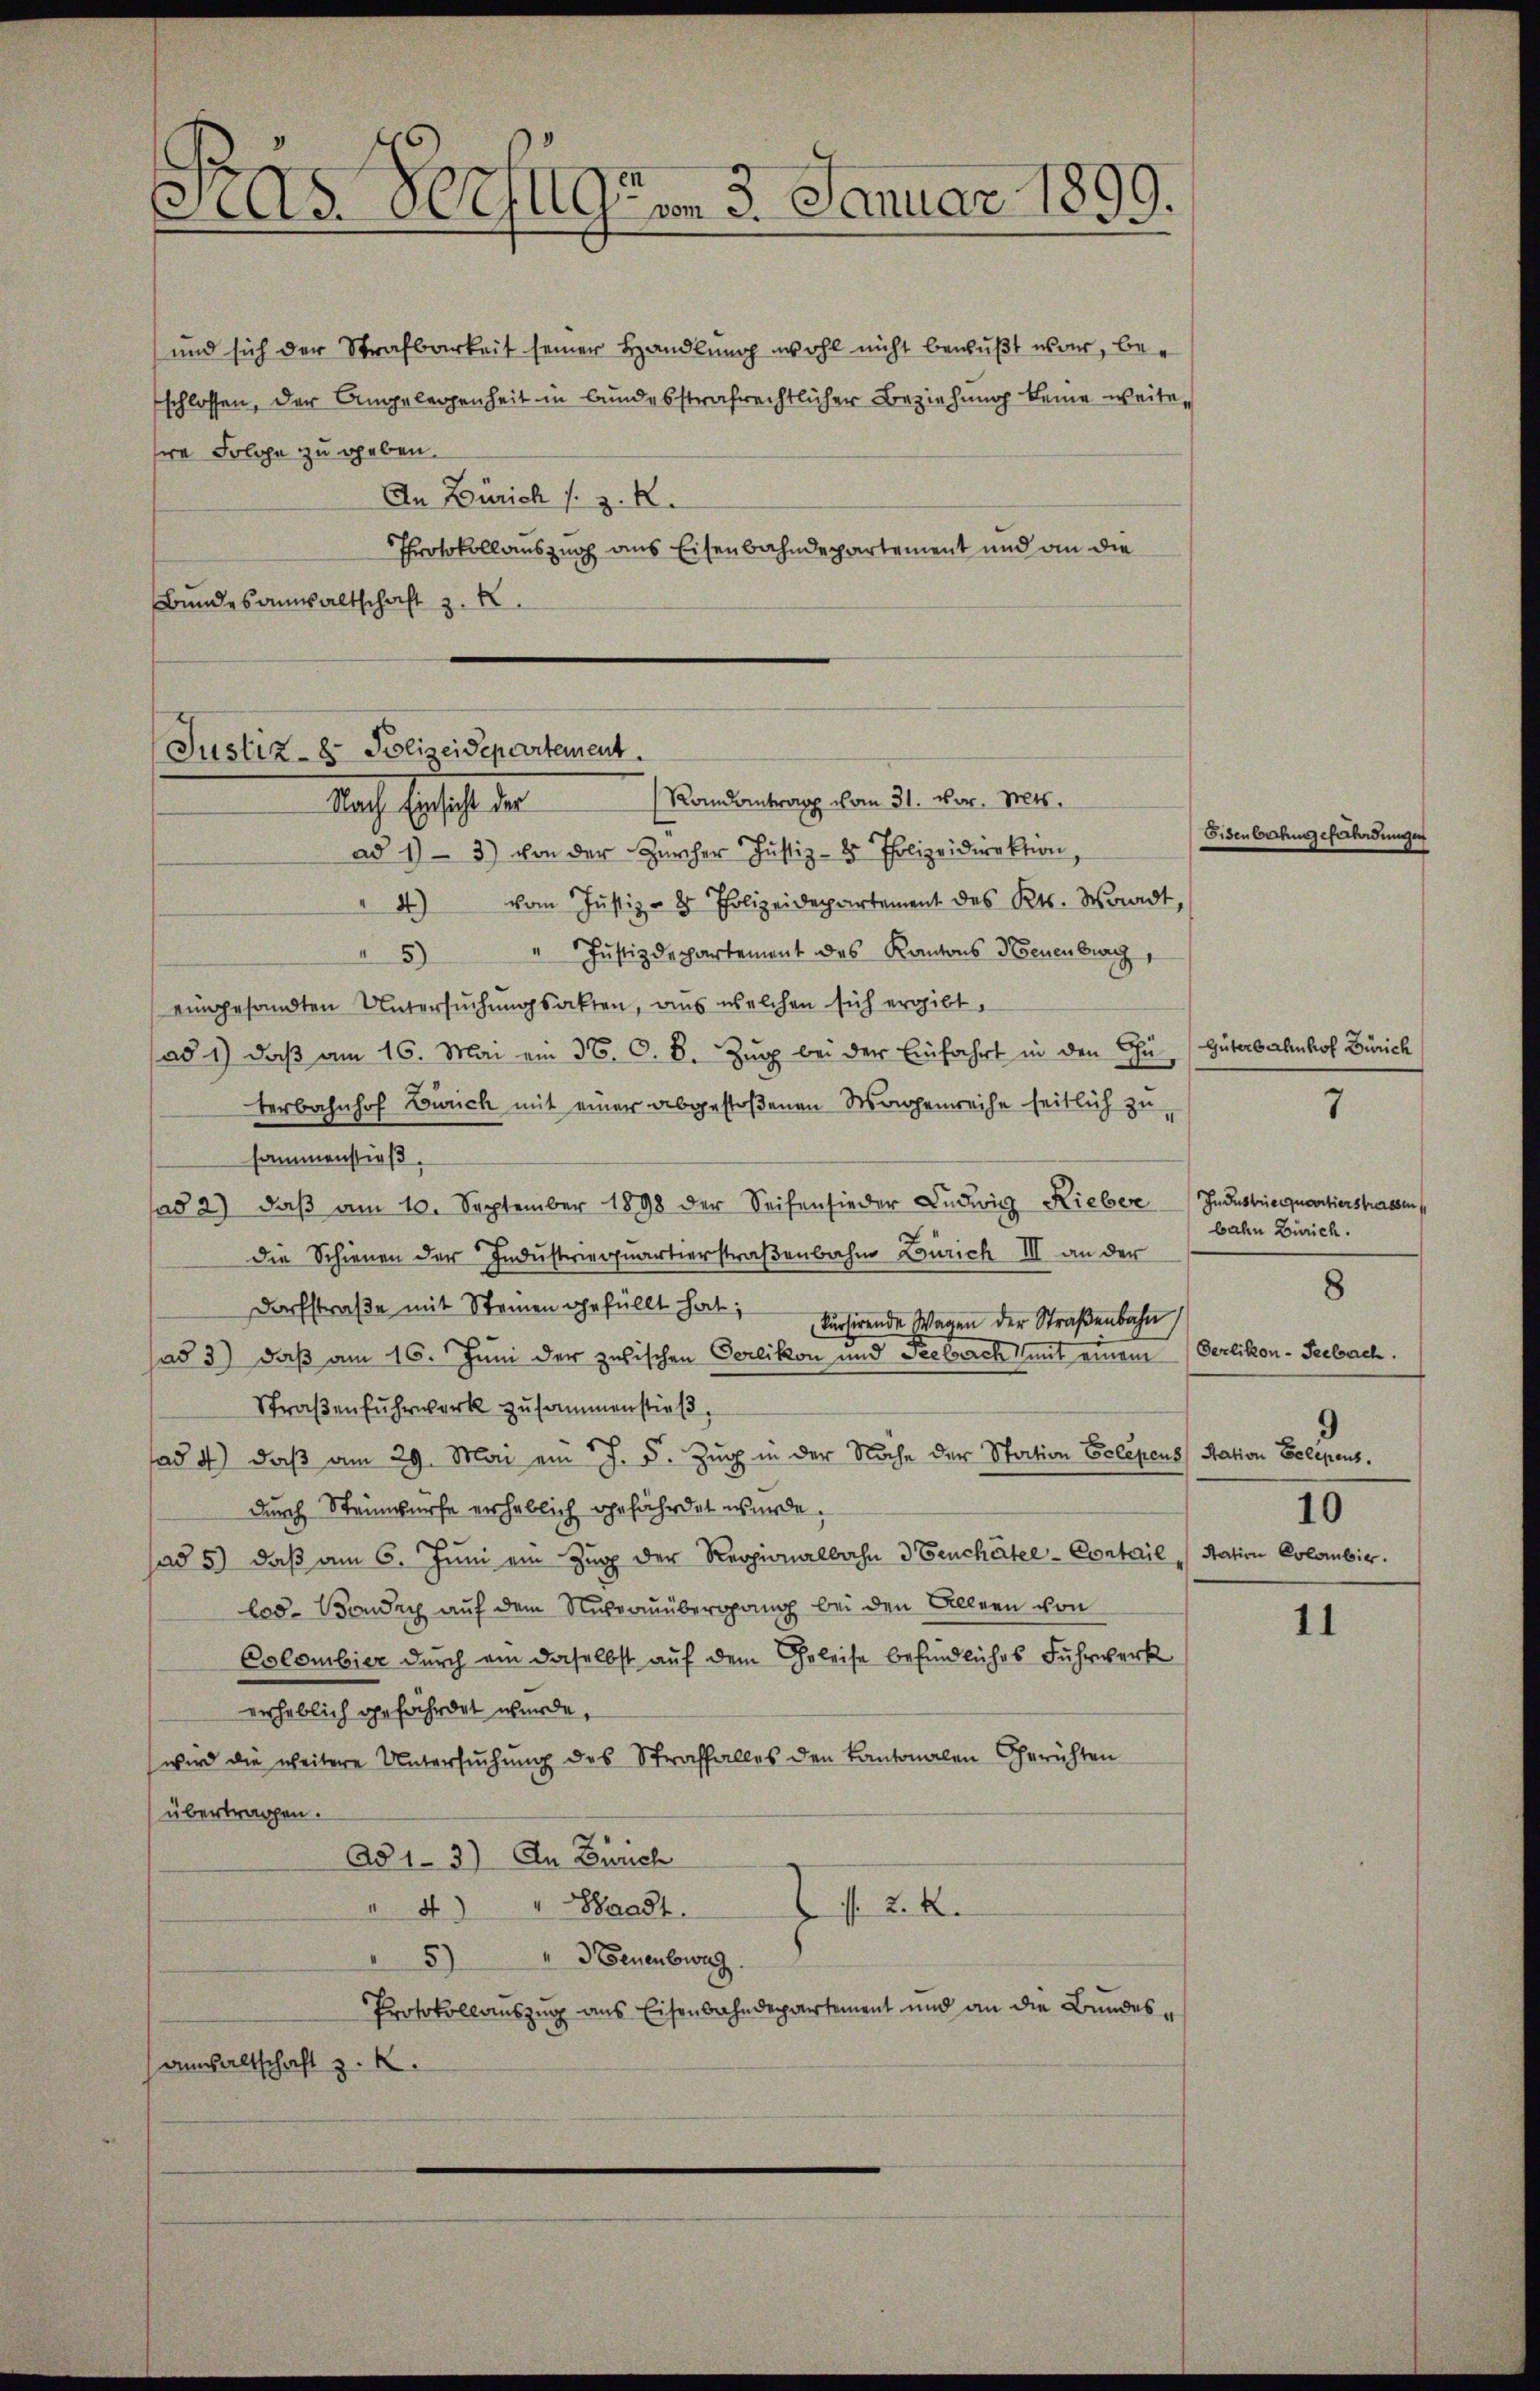
Fras Vorzug um 3. Januar 1899.

und sich der Strafbarkeit seiner Handlung wohl nicht bewußt war, beschlossen, der Angelegenheit in bundesstrafrechtlicher Beziehung keine weitesre Folge zu geben.
An Zürich s. z. R.
Protokollauszug aus Eisenbahndepartement und an die
Bundesanwaltschaft z. K.

Justiz- & Polizeischartement.
Randantrag vom 31. vor. Mts.
Nach Einsicht der

ad 1) - 3) von der Zürcher Justiz- & Polizeidirektion
" 4) vom Justiz- & Polizeidepartement des Kts. Waadt,
"5 " Jŭstizdepartement des Kantons Neuenburg,
eingesandten Untersuchungsakten, aus welchen sich ergibt,
ad 1) daβ am 16. Mai ein 37. C. B. Zŭg bei der Einfahrt in den Chu Güterbahnhof Zürich
terbahnhof Zürich mit einer abgestoßenen Wagenreihe seitlich zu
sammenstieß.
a 2) daβ am 10. September 1898 der Seifensieder Ludwig Lieber
die Schienen der Industriequartierstraßenbahn Zürich III an der
Darfstraße mit Steinen gefüllt hat;
kursirende Wagen der Straβenbahn
had 3) daß am 16. Juni der zwischen Oerlikon und Seelsarch mit einem Oerlikon-Seebach.
Straßenfuhrwerk zusammenstieß,
ad 4) daß am 29. Mai ein J. 5. Zug in der Nache der Station Belegens Station Belegens.
durch Steinwürfe erheblich gefährdet wurde.
sad 5) daß am 6. Juni ein Zug der Regionalbahn 3 Teuchâtee-Contail Station Colombir.
los. Boudry auf dem Nudrainübergang bei den Allern von
Colombier durch am daselbst auf dem Geleise befindliches Fuhrwerk
erheblich gefährdet wurde,
wird die weitere Untersuchung des Straffalles den Kantonalen Gerichten
übertragen.
ad 1. 3) An Zürich
" 4. " Stadt.
2 f 24
5) Ernenbeweg
Protokollauszug aus Eisenbahndepartement und an die Bundesanwaltschaft z. B.

Eisenbahngefährdungen

7

Industrie quartierstrassen
bahn Zürich.
5
10

11